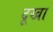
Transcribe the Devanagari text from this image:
दूखा